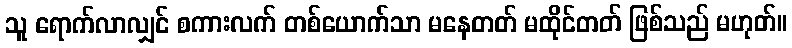
သူ ရောက်လာလျှင် စကားလက် တစ်ယောက်သာ မနေတတ် မထိုင်တတ် ဖြစ်သည် မဟုတ်။